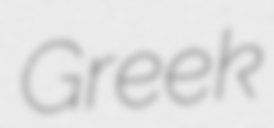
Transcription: Greek